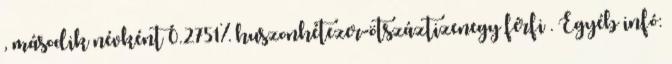
, második névként 0.2751% huszonhétezer-ötszáztizenegy férfi . Egyéb infó: